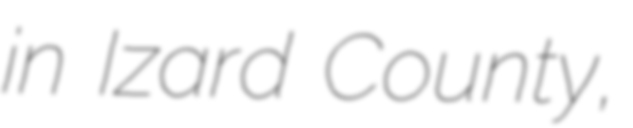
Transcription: in Izard County,